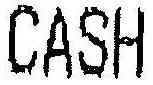
CASH